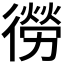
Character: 𭜃